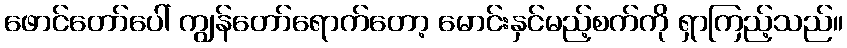
ဖောင်တော်ပေါ် ကျွန်တော်ရောက်တော့ မောင်းနှင်မည့်စက်ကို ရှာကြည့်သည်။